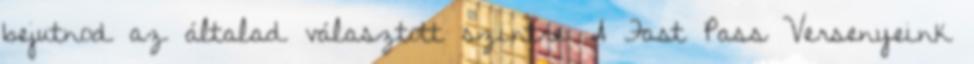
bejutnod az általad választott szintre A Fast Pass Versenyeink